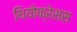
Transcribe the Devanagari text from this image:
थियोफ्रेसस